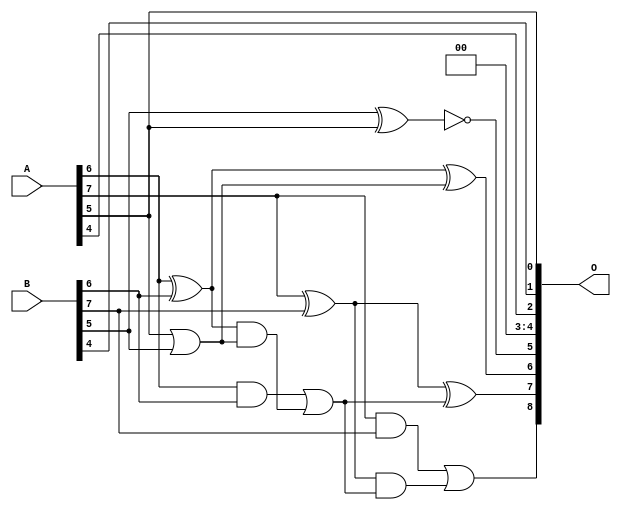
/***
* This code is a part of EvoApproxLib library (ehw.fit.vutbr.cz/approxlib) distributed under The MIT License.
* When used, please cite the following article(s): PRABAKARAN B. S., MRAZEK V., VASICEK Z., SEKANINA L., SHAFIQUE M. ApproxFPGAs: Embracing ASIC-based Approximate Arithmetic Components for FPGA-Based Systems. DAC 2020. 
***/
// MAE% = 1.93 %
// MAE = 9.9 
// WCE% = 6.45 %
// WCE = 33 
// WCRE% = 3100.00 %
// EP% = 97.02 %
// MRE% = 5.96 %
// MSE = 148 
// FPGA_POWER = 0.29
// FPGA_DELAY = 6.0
// FPGA_LUT = 3.0


module add8u_01X(A, B, O);
  input [7:0] A, B;
  output [8:0] O;
  wire sig_42, sig_43, sig_44, sig_45, sig_47, sig_48;
  wire sig_49, sig_50;
  assign O[3] = 1'b0;
  assign O[4] = 1'b0;
  assign O[5] = !(B[5] ^ A[5]);
  assign sig_42 = A[5] | B[5];
  assign sig_43 = A[6] ^ B[6];
  assign sig_44 = A[6] & B[6];
  assign sig_45 = sig_43 & sig_42;
  assign O[6] = sig_43 ^ sig_42;
  assign sig_47 = sig_44 | sig_45;
  assign sig_48 = A[7] ^ B[7];
  assign sig_49 = A[7] & B[7];
  assign sig_50 = sig_48 & sig_47;
  assign O[7] = sig_48 ^ sig_47;
  assign O[8] = sig_49 | sig_50;
  assign O[0] = A[5];
  assign O[1] = B[4];
  assign O[2] = A[4];
endmodule